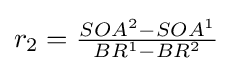
r_{2}=\textstyle {\frac {SOA^{2}-SOA^{1}}{BR^{1}-BR^{2}}}